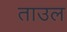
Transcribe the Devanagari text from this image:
ताउल